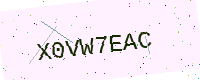
Text: X0VW7EAC